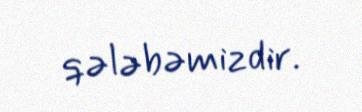
qələbəmizdir.